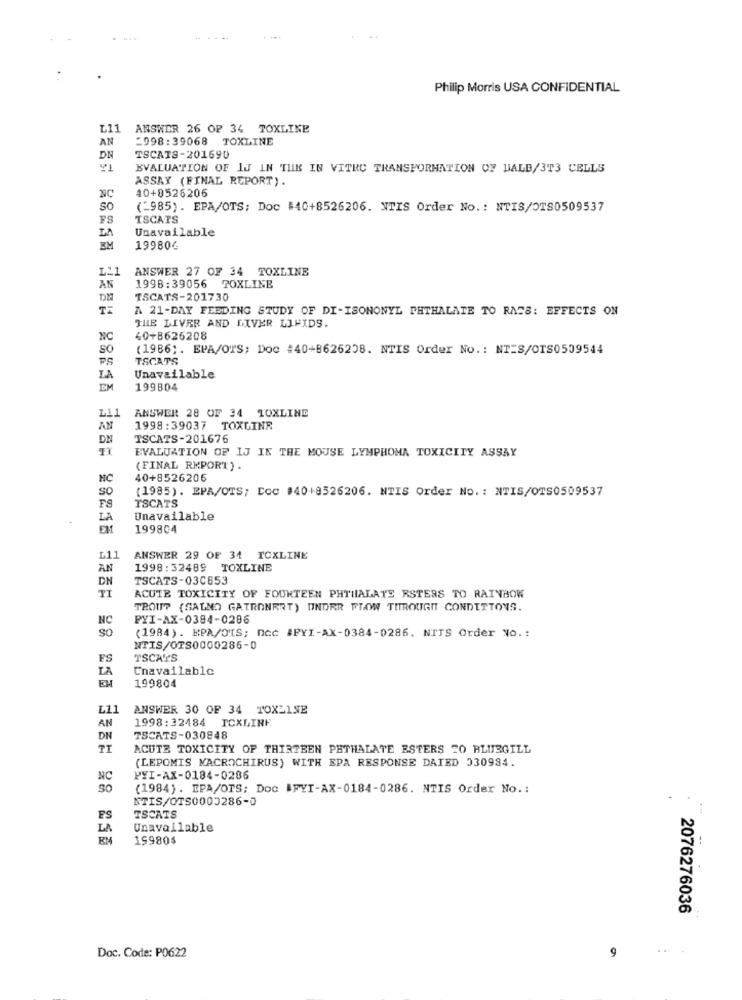
Philip Morris USA CONFIDENTIAL
L11
ANSWER 26 OF 34 TOXLINE
AN
2998:39068 TOXLINE
DN
TSCATS-201690
EVALUATION OF IJ IN THE IN VITRO TRANSFORMATION OF DALB/3T3 CELLS
ASSAY (FINAL REPORT).
40+8526206
so
(2985) . EPA/OTS; Doc #40+8526206. NTIS Order No .: NTIS/OTS0509537
TSCATS
Unavailable
LA
EM
199804
ANSWER 27 OF 34 TOXLINE
LL1
AN
1998:39056 TOXLINE
TSCATS-201730
TI
A 21-DAY FEEDING STUDY OF DI-ISONONYL PHTHALATE TO RATS: EFFECTS ON
THE LIVER AND LIVER LIPIDS.
NC
40+8626208
SO
(1986). EPA/OTS; Doc #40-8626208. NTIS Order No .: NTES/OTS0509544
PS
TSCATS
LA
Unavailable
EM
199804
Li1
ANSWER 28 OF 34 TOXLINE
AN
1998:39037 TOXLINE
DE
TSCATS-201676
EVALUATION OF IJ IN THE MOUSE LYMPHOMA TOXICITY ASSAY
(FINAL REPORT ) .
NC
40+8526206
So
(1985). EPA/OTS; CCC #40+8526206. NTIS Order No. : NTIS/OTS0509537
TSCATS
FS
LA
Unavailable
199804
L1.1
ANSWER 29 OF 34 ICXLINE
AN
1998:32489 TOXLINE
DN
TSCATS-03C653
TI
ACUTE TOXICITY OF FOURTEEN PHTUALATE RSTERS TO RAINBOW
TROUT (SALMO GATRONERT) UNDER FLOW TITROUGHT CONDITIONS.
NC
PYI-AX-0394-0286
SO
(1984). EPA/OIS; DCC #PYI-AX-0384-0286. NITS Order No .:
NTIS/OTS0000286-0
FS
TSCAT'S
LA
Unavailable
EH
199804
L11
ANSWER 30 OF 34 TOXEINE
AN
1998:32484 TCXLINE
DN
TSCATS-030848
TI
ACUTE TOXICITY OF THIRTEEN PHTHALATE ESTERS 70 BLUEGILL
(LEPOMIS MACROCHIRUS) WITH EPA RESPONSE DAIED 330994.
NC
PYI-AX-0184-0286
SO
(1984). EPA/OTS; Doc #FYI-AX-0184-0286. NTIS Order No .:
STIS/OTS0000286-0
FS
TSCATS
LA
Unavailable
199804
2076276036
Doc. Code: P0622
9
..